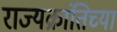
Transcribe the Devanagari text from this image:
राज्यक्रांतिच्या